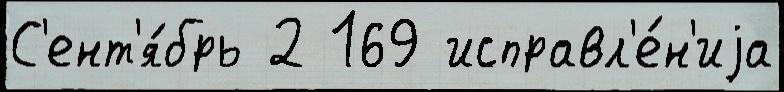
С'ент'я́брь 2 169 исправл'е́н'иjа